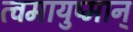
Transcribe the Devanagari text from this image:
त्वमायुष्मान्